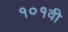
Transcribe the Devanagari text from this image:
१०१वी